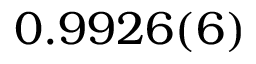
0 . 9 9 2 6 ( 6 )